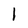
Character: 1